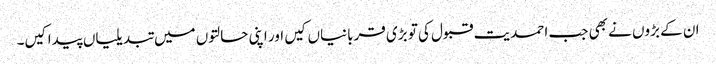
ان کے بڑوں نے بھی جب احمدیت قبول کی تو بڑی قربانیاں کیں اور اپنی حالتوں میں تبدیلیاں پیدا کیں۔